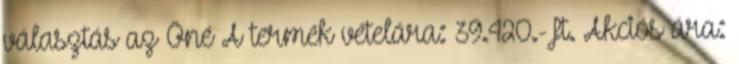
választás az Öné A termék vételára: 39.420.-Ft. Akciós ára: